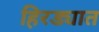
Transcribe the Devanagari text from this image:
हिरड्यात